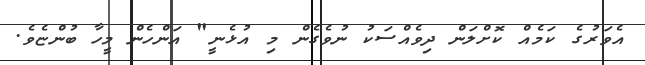
އެވަރުގެ ކަމެއް ކޮށްލަން ދިވެއްސަކު ނުވެގެން މި އުޅެނީ" އަންހެން މީހާ ބުންޏެވެ.